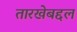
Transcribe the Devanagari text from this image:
तारखेबद्दल